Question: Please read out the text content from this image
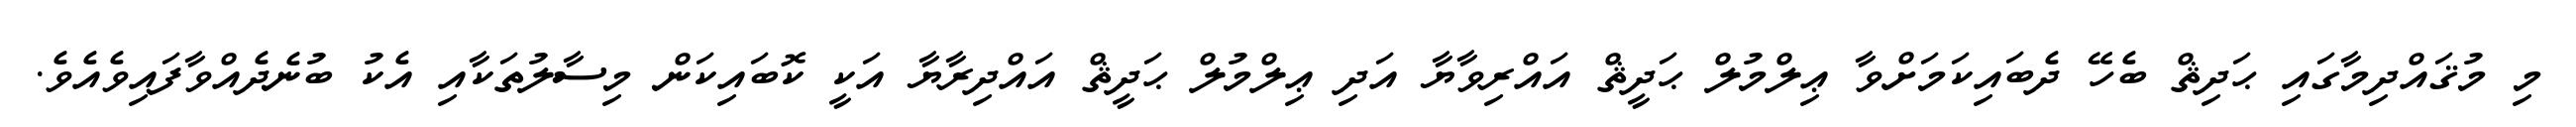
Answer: މި މުޤައްދިމާގައި ޙަދިޘް ބެހޭ ދެބައިކަމަށްވާ ޢިލްމުލް ޙަދީޘް އައްރިވާޔާ އަދި ޢިލްމުލް ޙަދީޘް އައްދިރާޔާ އަކީ ކޮބައިކަން މިސާލުތަކާއި އެކު ބުނެދެއްވާފައިވެއެވެ.